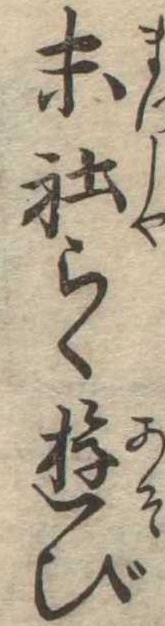
末社らく遊び